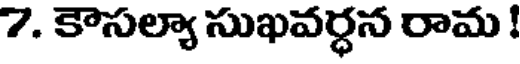
7. కౌసల్యా సుఖవర్ధన రామ !